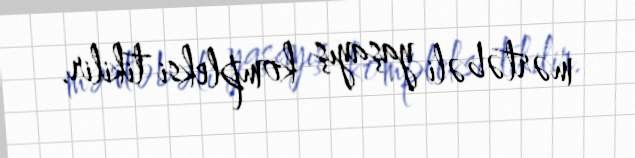
mərtəbəli yaşayış kompleksi tikilir.